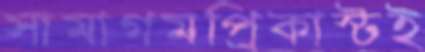
সামাগমপ্রিকাস্টই